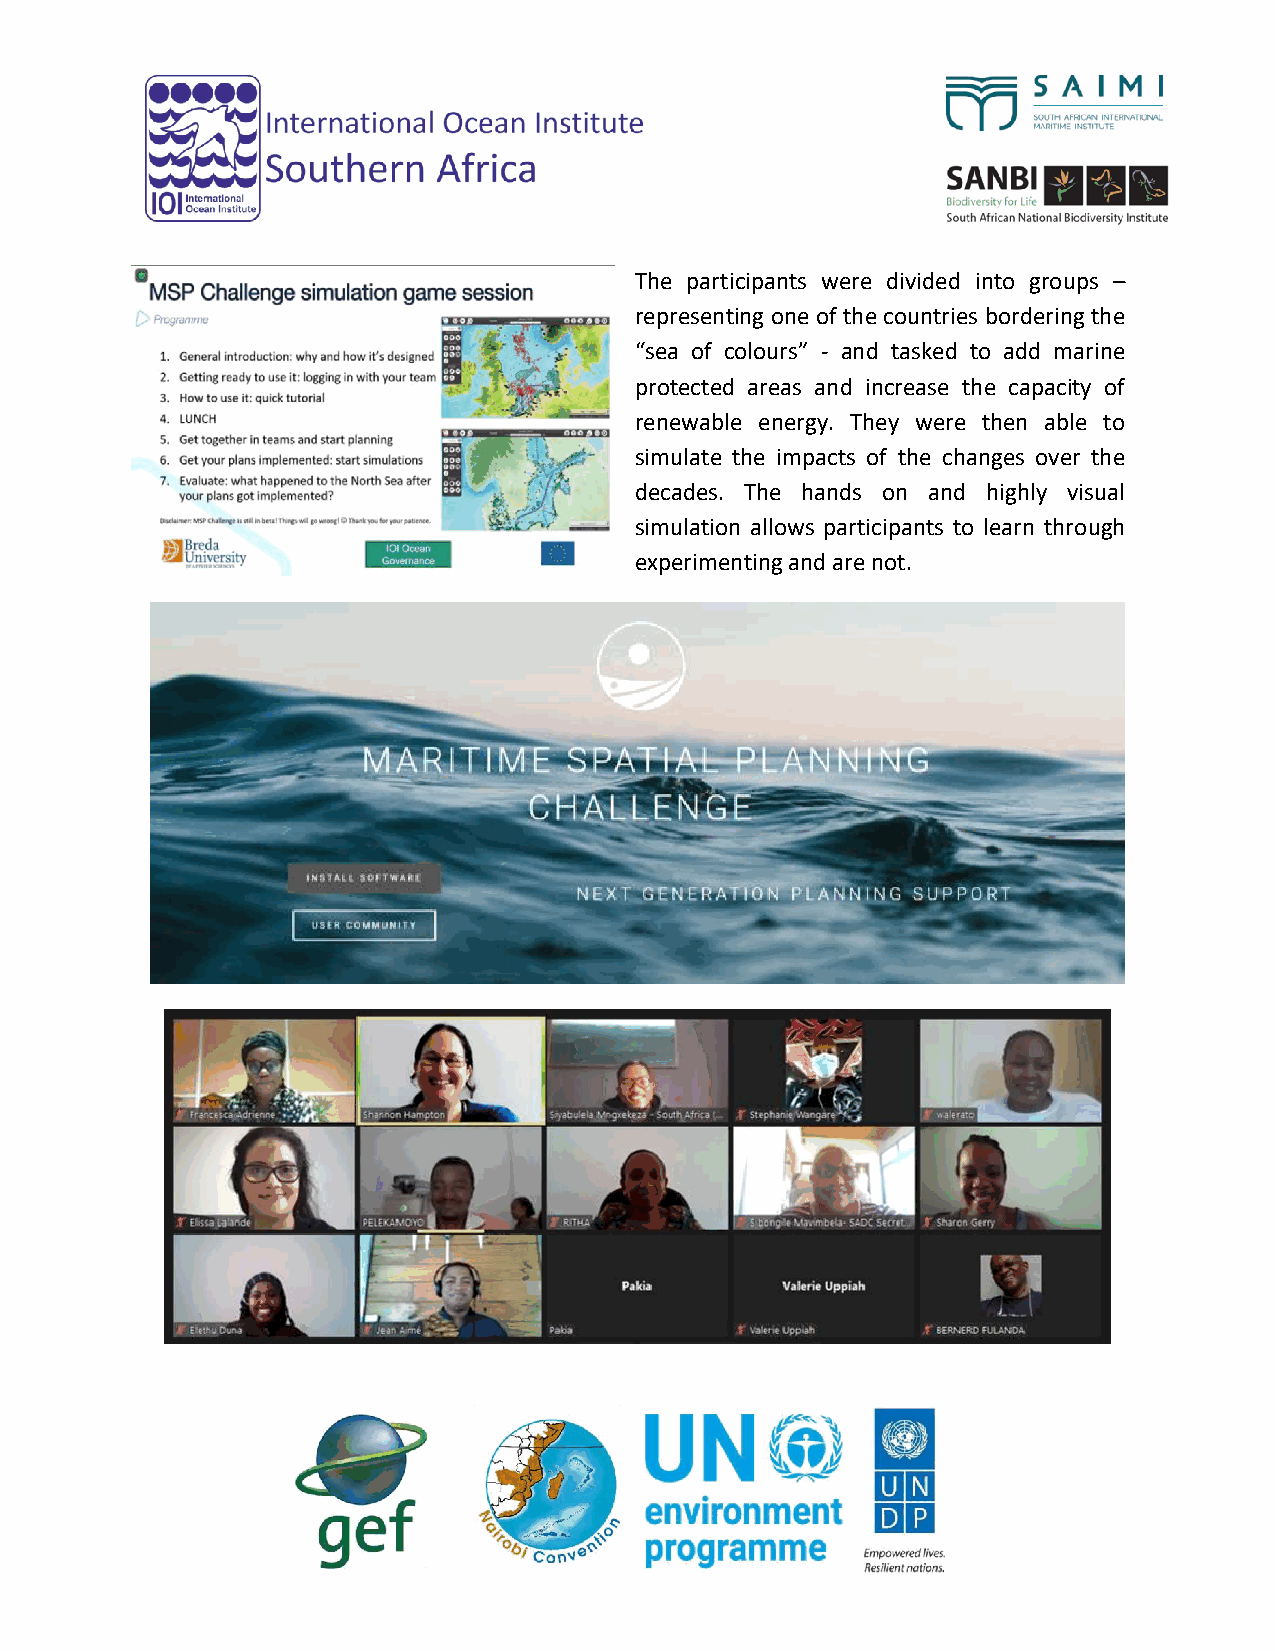
The participants were divided into groups –
 representing one of the countries bordering the
 “sea of colours” - and tasked to add marine
 protected areas and increase the capacity of
 renewable energy. They were then able to
 simulate the impacts of the changes over the
 decades. The hands on and highly visual
 simulation allows participants to learn through
 experimenting and are not.